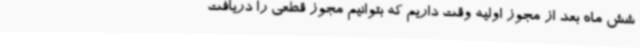
شش ماه بعد از مجوز اولیه وقت داریم که بتوانیم مجوز قطعی را دریافت